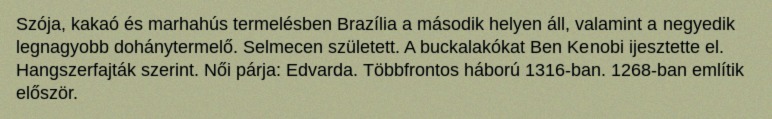
Szója, kakaó és marhahús termelésben Brazília a második helyen áll, valamint a negyedik legnagyobb dohánytermelő. Selmecen született. A buckalakókat Ben Kenobi ijesztette el. Hangszerfajták szerint. Női párja: Edvarda. Többfrontos háború 1316-ban. 1268-ban említik először.